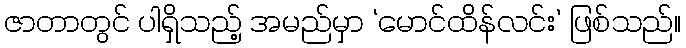
ဇာတာတွင် ပါရှိသည့် အမည်မှာ ‘မောင်ထိန်လင်း’ ဖြစ်သည်။